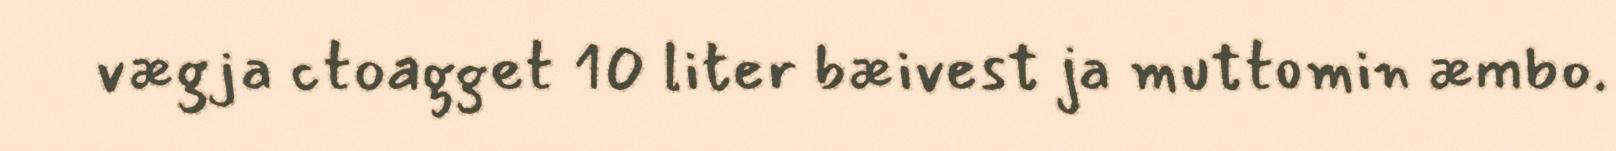
vægja ctoagget 10 liter bæivest ja muttomin æmbo.